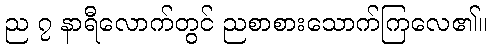
ည ၇ နာရီလောက်တွင် ညစာစားသောက်ကြလေ၏။